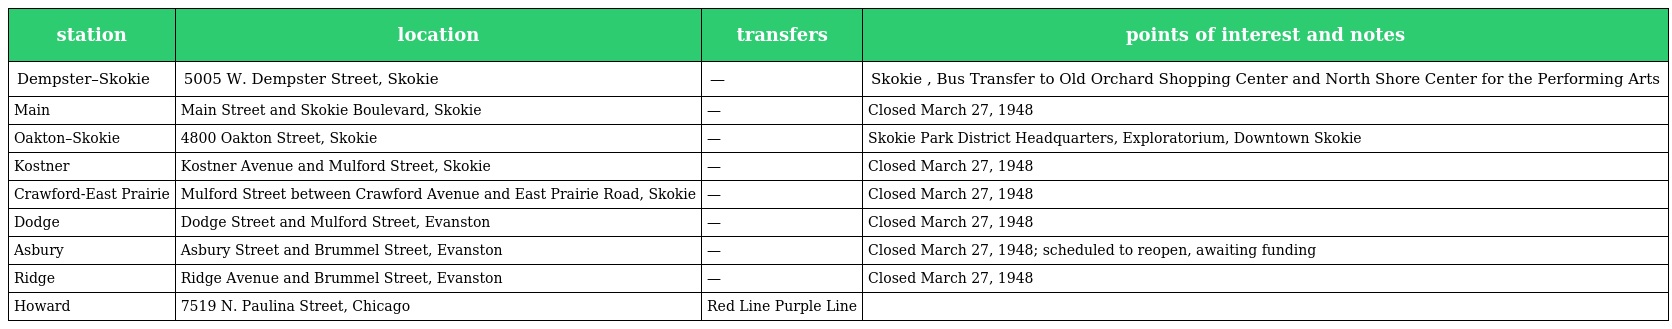
| station | location | transfers | points of interest and notes |
 | --- | --- | --- | --- |
 | Dempster–Skokie | 5005 W. Dempster Street, Skokie | — | Skokie , Bus Transfer to Old Orchard Shopping Center and North Shore Center for the Performing Arts |
 | Main | Main Street and Skokie Boulevard, Skokie | — | Closed March 27, 1948 |
 | Oakton–Skokie | 4800 Oakton Street, Skokie | — | Skokie Park District Headquarters, Exploratorium, Downtown Skokie |
 | Kostner | Kostner Avenue and Mulford Street, Skokie | — | Closed March 27, 1948 |
 | Crawford-East Prairie | Mulford Street between Crawford Avenue and East Prairie Road, Skokie | — | Closed March 27, 1948 |
 | Dodge | Dodge Street and Mulford Street, Evanston | — | Closed March 27, 1948 |
 | Asbury | Asbury Street and Brummel Street, Evanston | — | Closed March 27, 1948; scheduled to reopen, awaiting funding |
 | Ridge | Ridge Avenue and Brummel Street, Evanston | — | Closed March 27, 1948 |
 | Howard | 7519 N. Paulina Street, Chicago | Red Line Purple Line |  |